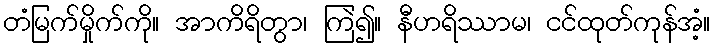
တံမြက်မှိုက်ကို။ အာကိရိတွာ၊ ကြဲ၍။ နီဟရိဿာမ၊ ငင်ထုတ်ကုန်အံ့။